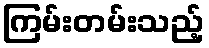
ကြမ်းတမ်းသည့်